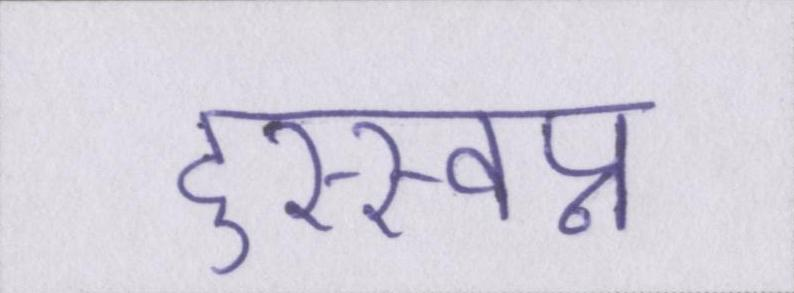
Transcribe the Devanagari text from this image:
दुस्स्वप्न